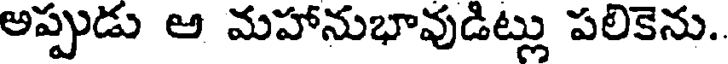
అప్పుడు అ మహానుభావుడిట్లు పలికెను.